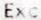
EXC